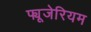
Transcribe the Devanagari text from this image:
फ्यूजेरियम